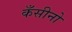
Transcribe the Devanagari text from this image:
कँसीनो